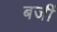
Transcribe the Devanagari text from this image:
बजीं